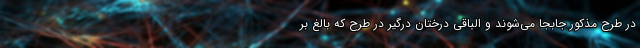
در طرح مذکور جابجا می‌شوند و الباقی درختان درگير در طرح که بالغ بر